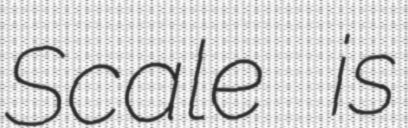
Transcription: Scale is